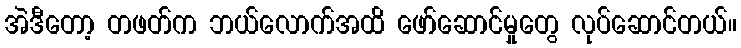
အဲဒီတော့ တဖတ်က ဘယ်လောက်အထိ ဖော်ဆောင်မှုတွေ လုပ်ဆောင်တယ်။